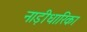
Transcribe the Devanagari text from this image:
नाड़ीधारिका